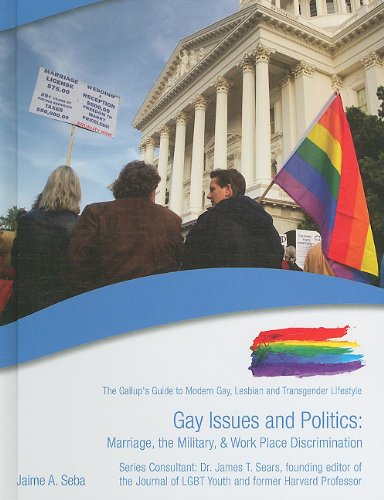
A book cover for Gay Issues and Politics: Marriage, The Military, & Work Place Discrimination (The Gallup's Guide to Modern Gay, Lesbian, & Transgender Lifestyle); Jaime A. Seba; Teen & Young Adult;